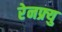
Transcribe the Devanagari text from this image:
रेनफ्र्यु